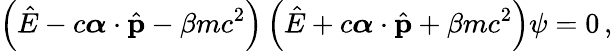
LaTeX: \left({\hat{E}}-c{\boldsymbol{\alpha}}\cdot{\hat{\mathbf{p}}}-\beta mc^{2}\right)\left({\hat{E}}+c{\boldsymbol{\alpha}}\cdot{\hat{\mathbf{p}}}+\beta mc^{2}\right)\psi=0\, ,